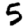
Digit: 5